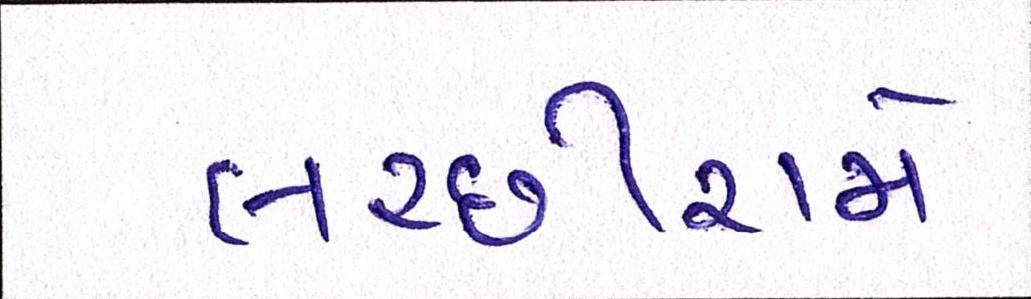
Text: લચ્છીરામે